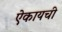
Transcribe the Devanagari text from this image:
ऐकायची